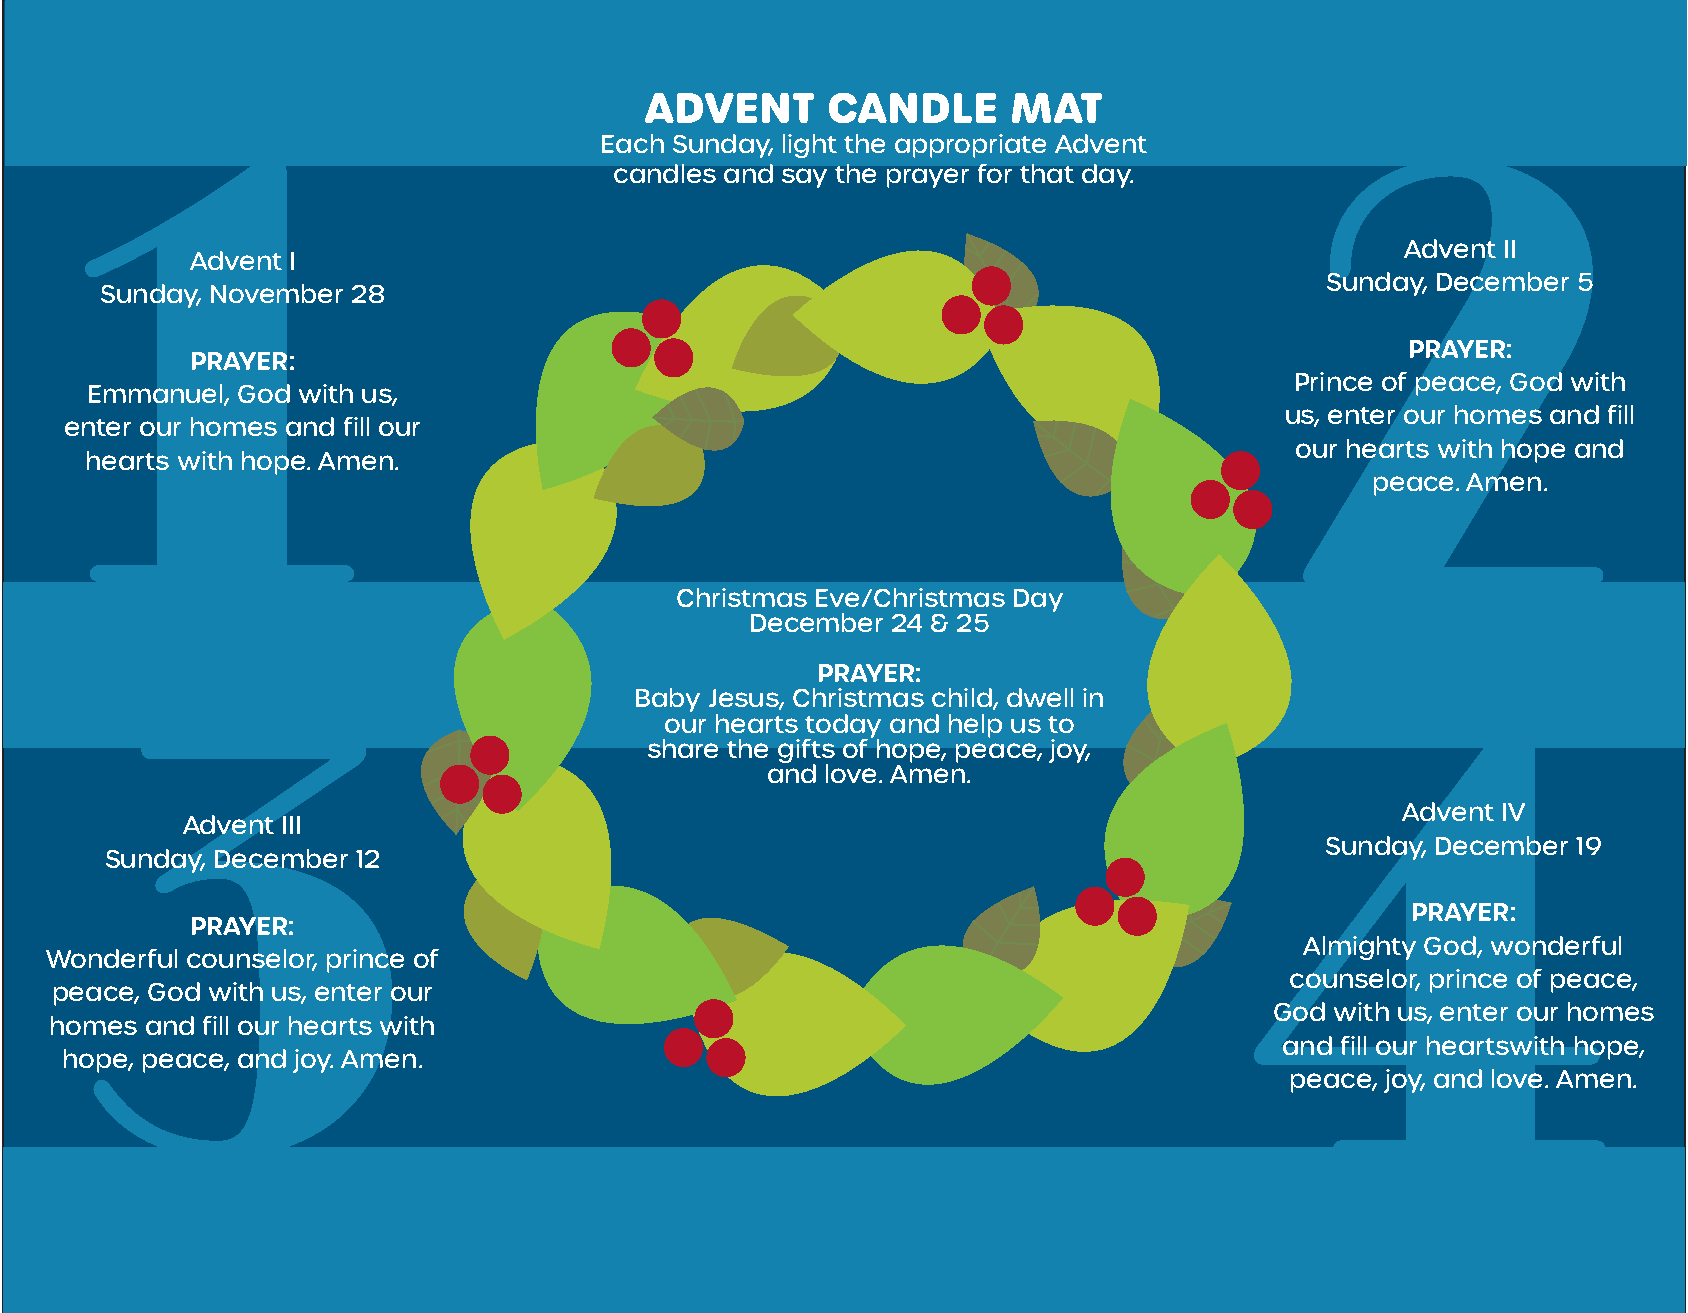
ADVENT      CANDLE      MAT
 Each Sunday, light the appropriate Advent
 candles and say the prayer for that day.
 Advent II
 Advent I
 Sunday, December 5
 Sunday, November 28
 PRAYER:
 PRAYER:
 Prince of peace, God with
 Emmanuel, God with us,
 us, enter our homes and fill
 enter our homes and fill our
 our hearts with hope and
 hearts with hope. Amen.
 peace. Amen.
 Christmas Eve/Christmas Day
 December 24 & 25
 PRAYER:
 Baby Jesus, Christmas child, dwell in
 our hearts today and help us to
 share the gifts of hope, peace, joy,
 and love. Amen.
 Advent IV
 Advent III
 Sunday, December 19
 Sunday, December 12
 PRAYER:
 PRAYER:
 Almighty God, wonderful
 Wonderful counselor, prince of
 counselor, prince of peace,
 peace, God with us, enter our
 God with us, enter our homes
 homes  and fill our hearts with
 and fill our heartswith hope,
 hope, peace, and joy. Amen.
 peace, joy, and love. Amen.